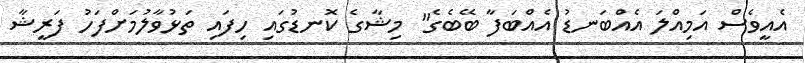
އެއީވެސް އަމިއްލަ އެއްބަނޑު އެއްބަފާ ބޭބެގެ" މިޝާގެ ކޮނޑުގައި ހިފައި ތަޅުވާލުމަށްފަހު ފަރީޝާ